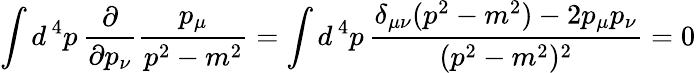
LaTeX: \int d^{\, 4}p\, {\frac{\partial}{\partial p_{\nu}}}{\frac{p_{\mu}}{p^{2}-m^{2}}}=\int d^{\, 4}p\, {\frac{\delta_{\mu\nu}(p^{2}-m^{2})-2p_{\mu}p_{\nu}}{(p^{2}-m^{2})^{2}}}=0